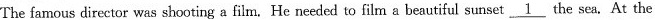
The famous director was shooting a film. He needed to film a beautiful sunset \underline{1} the sea. At the